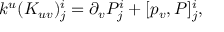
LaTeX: k ^ { u } ( K _ { u v } ) _ { j } ^ { i } = \partial _ { v } P _ { j } ^ { i } + [ p _ { v } , P ] _ { j } ^ { i } ,